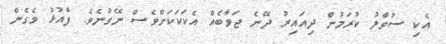
އެކި ސުވާލު ކުރަމުން ދިއައިރު ދޭނެ ޖަވާބެއް އެކަކަކަށްވެސް ނޭގުނެވެ. ފާއުޅު ވެގެން